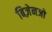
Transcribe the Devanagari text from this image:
बिज़ेनजो